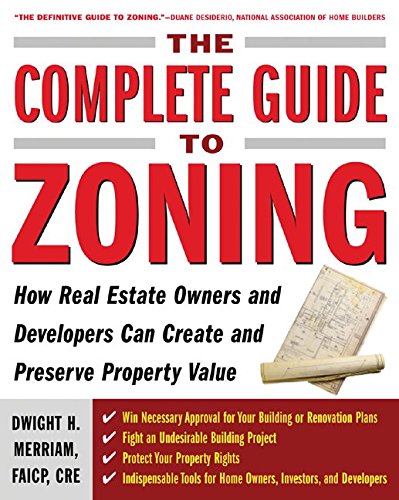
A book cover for The Complete Guide to Zoning: How to Navigate the Complex and Expensive Maze of Zoning, Planning, Environmental, and Land-Use Law; Dwight Merriam; Business & Money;